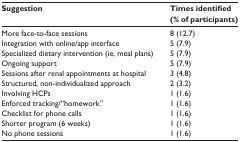
| Suggestion | Times identified (% of participants) |
 | --- | --- |
 | More face-to-face sessions | 8 (12.7) |
 | Integration with online/app interface | 5 (7.9) |
 | Specialized dietary intervention (ie, meal plans) | 5 (7.9) |
 | Ongoing support | 5 (7.9) |
 | Sessions after renal appointments at hospital | 3 (4.8) |
 | Structured, non-individualized approach | 2 (3.2) |
 | Involving HCPs | 1 (1.6) |
 | Enforced tracking/“homework” | 1 (1.6) |
 | Checklist for phone calls | 1 (1.6) |
 | Shorter program (6 weeks) | 1 (1.6) |
 | No phone sessions | 1 (1.6) |